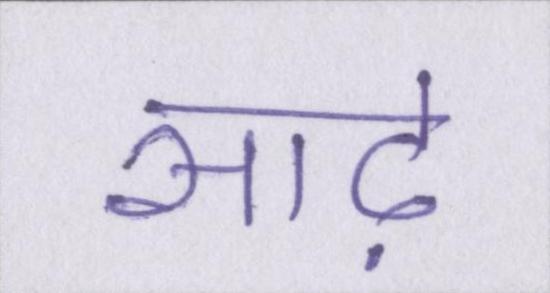
साढ़े